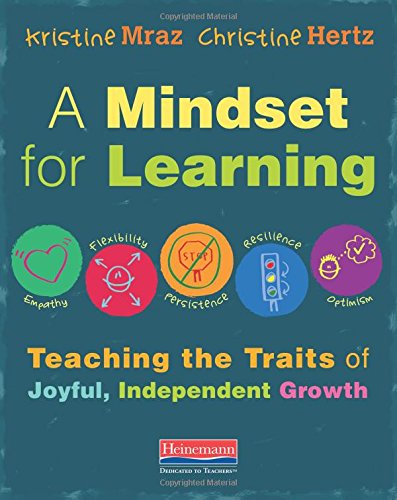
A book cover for A Mindset for Learning: Teaching the Traits of Joyful, Independent Growth; Kristine Mraz; Education & Teaching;